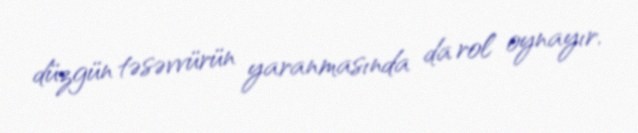
düzgün təsəvvürün yaranmasında da rol oynayır.